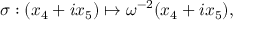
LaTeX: \sigma : ( x _ { 4 } + i x _ { 5 } ) \mapsto \omega ^ { - 2 } ( x _ { 4 } + i x _ { 5 } ) ,